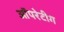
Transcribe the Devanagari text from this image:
ऑपरेटीग